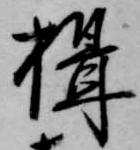
楫